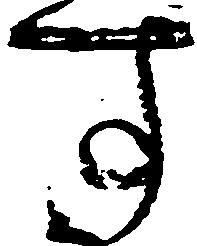
す